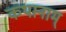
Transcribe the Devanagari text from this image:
कथानाम्